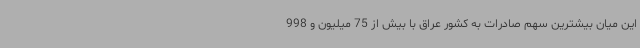
این میان بیشترین سهم صادرات به کشور عراق با بیش از 75 میلیون و 998